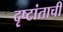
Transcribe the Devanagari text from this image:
दृष्टांताची